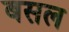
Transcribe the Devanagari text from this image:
बसल